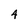
Character: 4